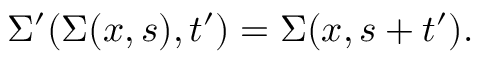
\Sigma ^ { \prime } ( \Sigma ( x , s ) , t ^ { \prime } ) = \Sigma ( x , s + t ^ { \prime } ) .